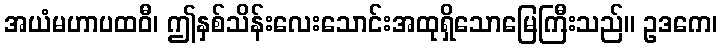
အယံမဟာပထဝီ၊ ဤနှစ်သိန်းလေးသောင်းအထုရှိသောမြေကြီးသည်။ ဥဒကေ၊